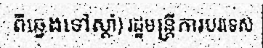
ពីឆ្វេងទៅស្តាំ) រដ្ឋមន្ត្រីការបរទេស